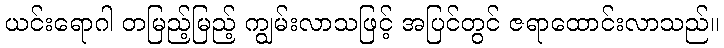
ယင်းရောဂါ တမြည့်မြည့် ကျွမ်းလာသဖြင့် အပြင်တွင် ဇရာထောင်းလာသည်။